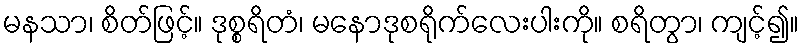
မနသာ၊ စိတ်ဖြင့်။ ဒုစ္စရိတံ၊ မနောဒုစရိုက်လေးပါးကို။ စရိတွာ၊ ကျင့်၍။